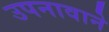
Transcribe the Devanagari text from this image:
उपनावाने